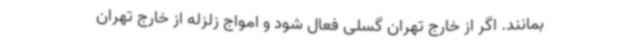
بمانند. اگر از خارج تهران گسلی فعال شود و امواج زلزله از خارج تهران